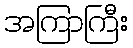
အကြာကြီး